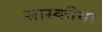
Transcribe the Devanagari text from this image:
सास्कीया